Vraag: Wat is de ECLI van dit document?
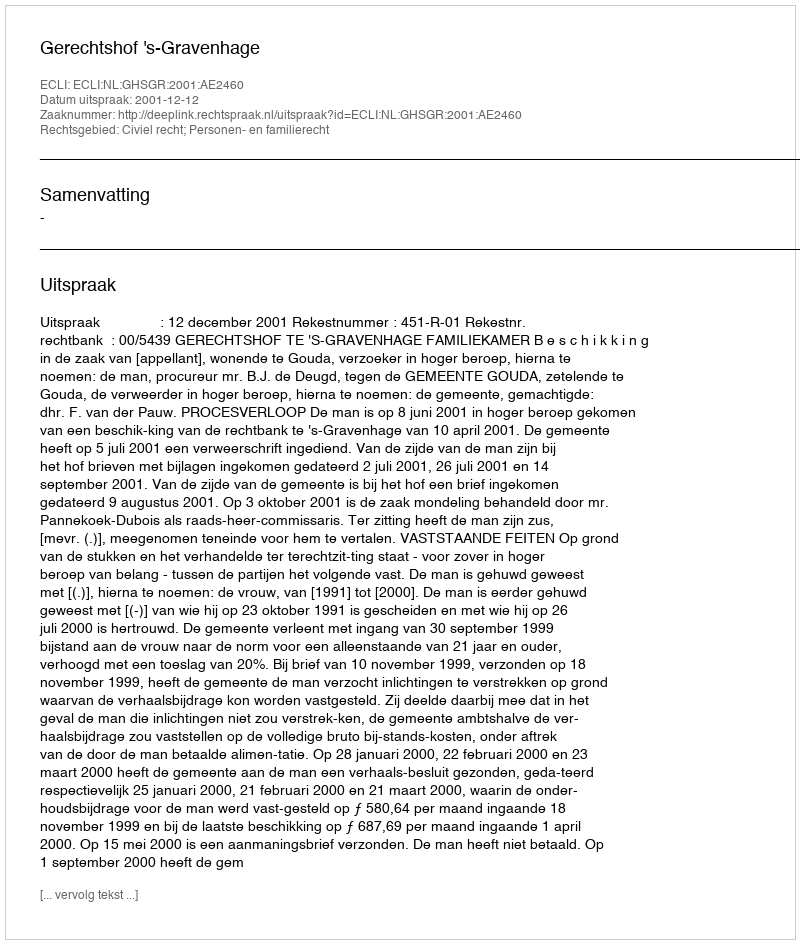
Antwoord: ECLI:NL:GHSGR:2001:AE2460